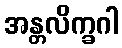
အန္တလိက္ခဂါ